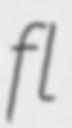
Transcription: fl